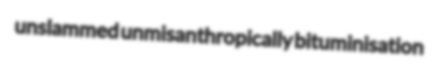
unslammed unmisanthropically bituminisation